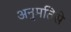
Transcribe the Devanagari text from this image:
अनुमतिसे